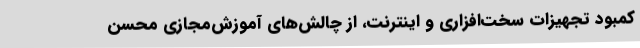
کمبود تجهیزات سخت‌افزاری و اینترنت، از چالش‌های آموزش‌مجازی محسن